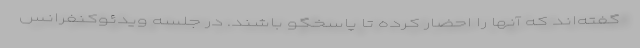
گفته‌اند که آنها را احضار کرده تا پاسخگو باشند. در جلسه ویدئوکنفرانس